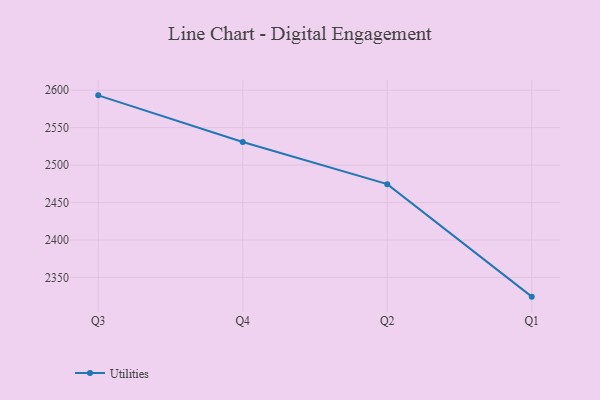
{"axis": {"x": "Quarter", "y": "Latency (ms)"}, "legend": ["Utilities"], "data": [{"x": "Q3", "y": 2593.1, "type": "Utilities"}, {"x": "Q4", "y": 2530.9, "type": "Utilities"}, {"x": "Q2", "y": 2474.6, "type": "Utilities"}, {"x": "Q1", "y": 2324.4, "type": "Utilities"}]}